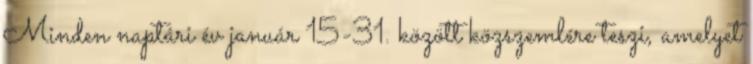
Minden naptári év január 15-31. között közszemlére teszi, amelyet